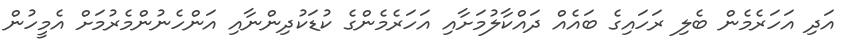
އަދި އަހަރެމެން ބެލި ރަހައިގެ ބައެއް ދައްކާލުމަށާއި އަހަރެމެންގެ ކުޑަކުދިންނާއި އަންހެނުންމެރުމަށް އެމީހުން